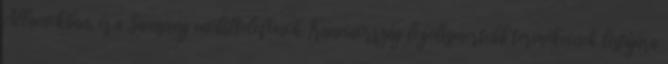
Államokban, és a Samsung mobiltelefonok Franciaország legelismertebb termékeinek listájára